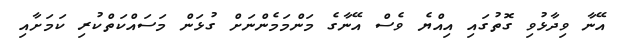
އޭނާ ވިދާޅުވި ގޮތުގައި އިއްޔެ ވެސް އޭނާގެ މަންމަމެންނަށް ގުޅަން މަސައްކަތްކުރި ކަމަށާއި